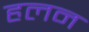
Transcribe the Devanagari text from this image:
हलन